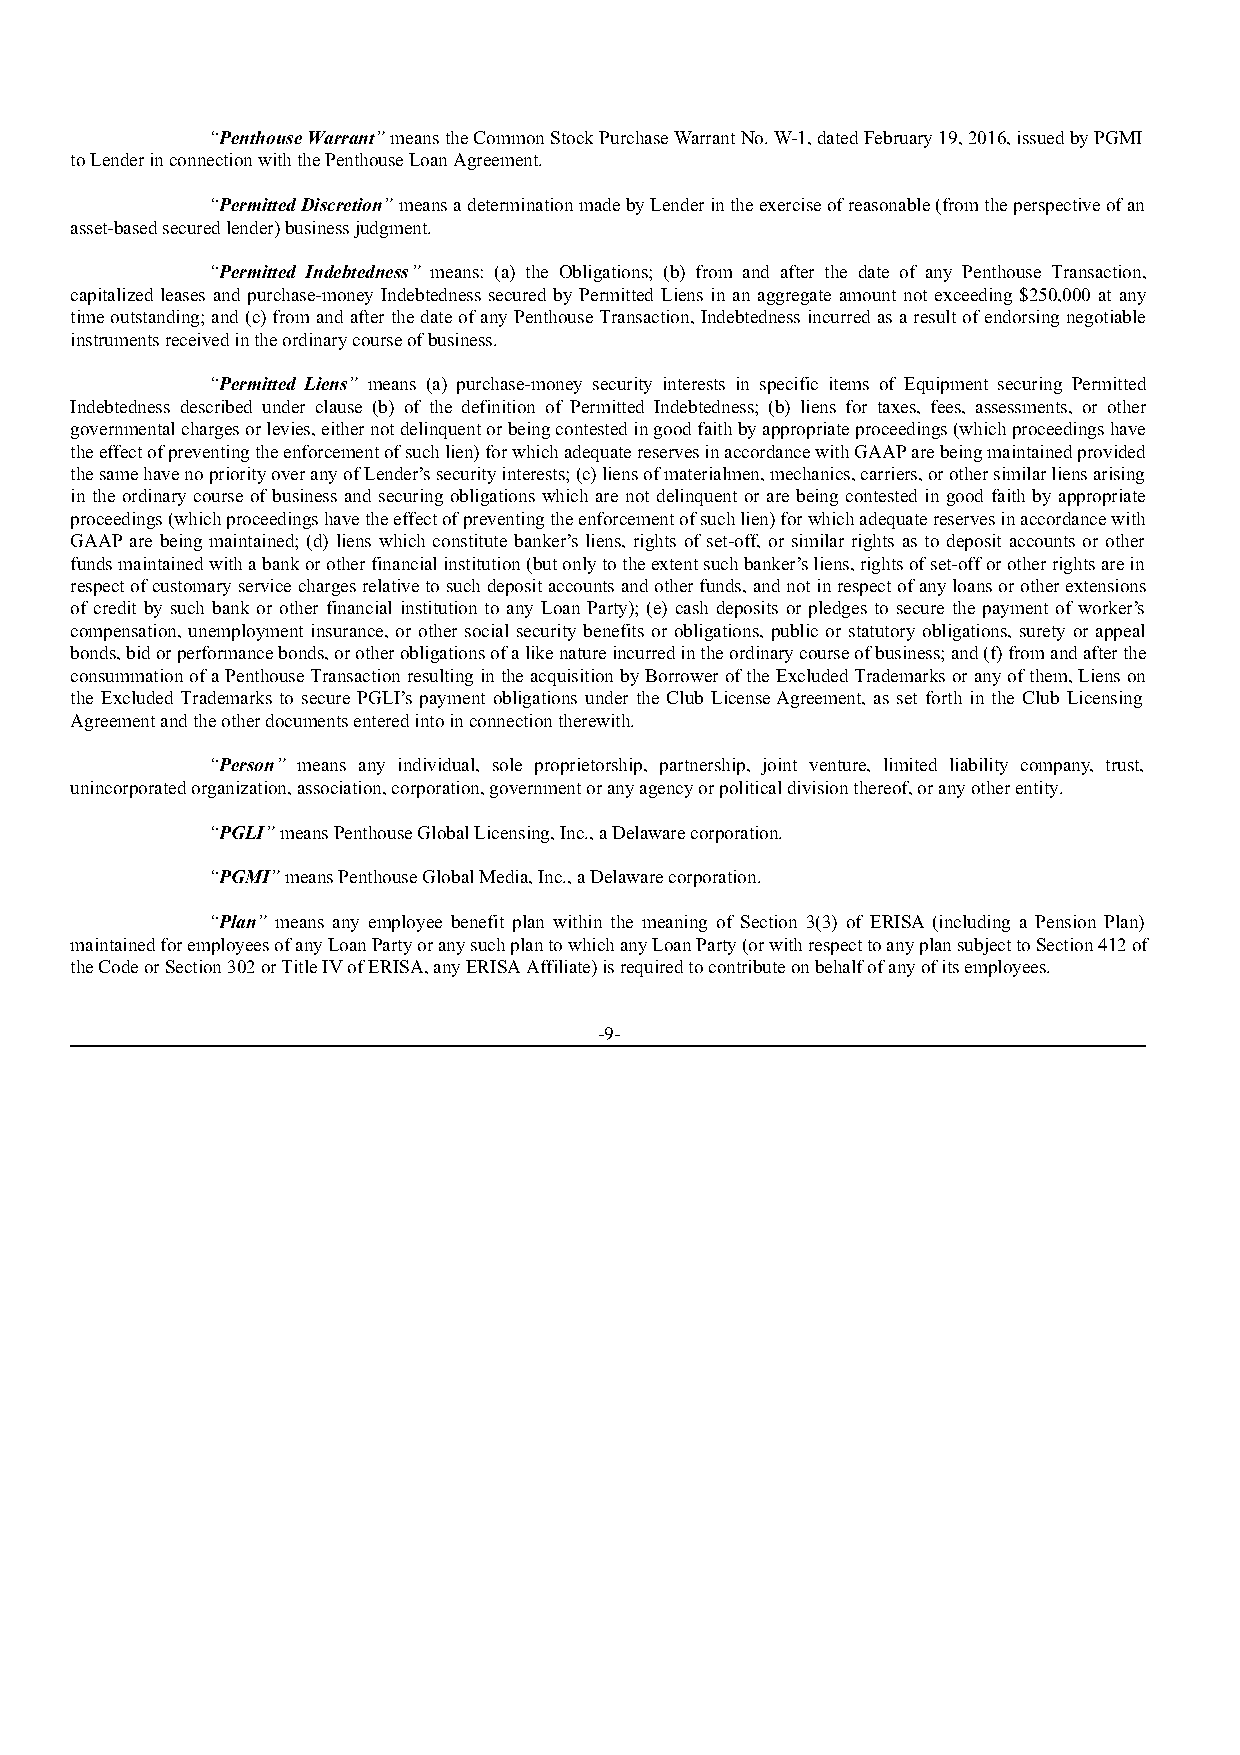
“Penthouse Warrant” means the Common Stock Purchase Warrant No. W-1, dated February 19, 2016, issued by PGMI
 to Lender in connection with the Penthouse Loan Agreement.
 “Permitted Discretion” means a determination made by Lender in the exercise of reasonable (from the perspective of an
 asset-based secured lender) business judgment.
 “Permitted Indebtedness” means: (a) the Obligations; (b) from and after the date of any Penthouse Transaction,
 capitalized leases and purchase-money Indebtedness secured by Permitted Liens in an aggregate amount not exceeding $250,000 at any
 time outstanding; and (c) from and after the date of any Penthouse Transaction, Indebtedness incurred as a result of endorsing negotiable
 instruments received in the ordinary course of business.
 “Permitted Liens” means (a) purchase-money security interests in specific items of Equipment securing Permitted
 Indebtedness described under clause (b) of the definition of Permitted Indebtedness; (b) liens for taxes, fees, assessments, or other
 governmental charges or levies, either not delinquent or being contested in good faith by appropriate proceedings (which proceedings have
 the effect of preventing the enforcement of such lien) for which adequate reserves in accordance with GAAP are being maintained provided
 the same have no priority over any of Lender’s security interests; (c) liens of materialmen, mechanics, carriers, or other similar liens arising
 in the ordinary course of business and securing obligations which are not delinquent or are being contested in good faith by appropriate
 proceedings (which proceedings have the effect of preventing the enforcement of such lien) for which adequate reserves in accordance with
 GAAP are being maintained; (d) liens which constitute banker’s liens, rights of set-off, or similar rights as to deposit accounts or other
 funds maintained with a bank or other financial institution (but only to the extent such banker’s liens, rights of set-off or other rights are in
 respect of customary service charges relative to such deposit accounts and other funds, and not in respect of any loans or other extensions
 of credit by such bank or other financial institution to any Loan Party); (e) cash deposits or pledges to secure the payment of worker’s
 compensation, unemployment insurance, or other social security benefits or obligations, public or statutory obligations, surety or appeal
 bonds, bid or performance bonds, or other obligations of a like nature incurred in the ordinary course of business; and (f) from and after the
 consummation of a Penthouse Transaction resulting in the acquisition by Borrower of the Excluded Trademarks or any of them, Liens on
 the Excluded Trademarks to secure PGLI’s payment obligations under the Club License Agreement, as set forth in the Club Licensing
 Agreement and the other documents entered into in connection therewith.
 “Person” means any individual, sole proprietorship, partnership, joint venture, limited liability company, trust,
 unincorporated organization, association, corporation, government or any agency or political division thereof, or any other entity.
 “PGLI” means Penthouse Global Licensing, Inc., a Delaware corporation.
 “PGMI” means Penthouse Global Media, Inc., a Delaware corporation.
 “Plan” means any employee benefit plan within the meaning of Section 3(3) of ERISA (including a Pension Plan)
 maintained for employees of any Loan Party or any such plan to which any Loan Party (or with respect to any plan subject to Section 412 of
 the Code or Section 302 or Title IV of ERISA, any ERISA Affiliate) is required to contribute on behalf of any of its employees.
 -9-